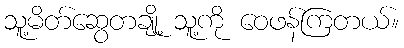
သူ့မိတ်ဆွေတချို့ သူ့ကို ဝေဖန်ကြတယ်။